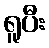
ရူပီး